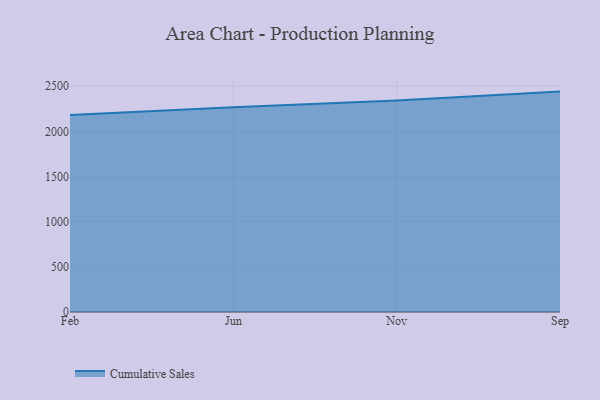
{"axis": {"x": "Month", "y": "Conversion Rate (%)"}, "legend": ["Cumulative Sales"], "data": [{"x": "Feb", "y": 2181.7, "type": "Cumulative Sales"}, {"x": "Jun", "y": 2267.1, "type": "Cumulative Sales"}, {"x": "Nov", "y": 2342.0, "type": "Cumulative Sales"}, {"x": "Sep", "y": 2440.6, "type": "Cumulative Sales"}]}